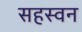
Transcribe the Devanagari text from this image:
सहस्वन